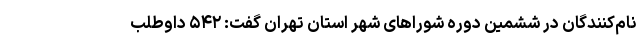
‌نام‌کنندگان در ششمین دوره شوراهای شهر استان تهران گفت: ۵۴۲ داوطلب